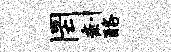
罔剩酪